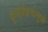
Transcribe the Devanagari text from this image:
दृष्टीभ्रमामुळे